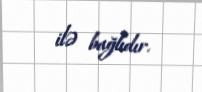
ilə bağlıdır.